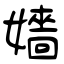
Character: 嬙